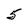
Character: 5